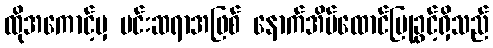
ထိုအကောင့်မှ မင်းဆရာအဖြစ် နောက်အိမ်ထောင်ပြုခွင့်ရှိသည်